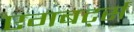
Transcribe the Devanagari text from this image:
एगबर्ट्स